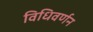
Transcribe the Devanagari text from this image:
विधिवर्णन